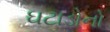
ઘટાડોનો